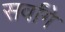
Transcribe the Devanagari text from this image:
सर्वांगे